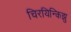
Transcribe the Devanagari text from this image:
चिरयिन्किझु